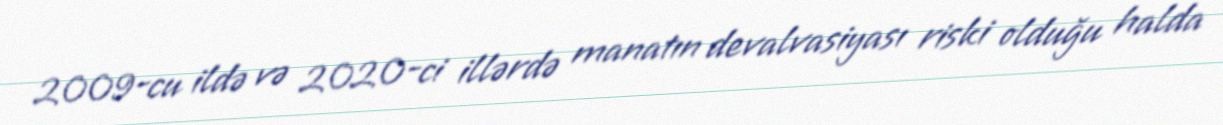
2009-cu ildə və 2020-ci illərdə manatın devalvasiyası riski olduğu halda